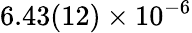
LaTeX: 6.43(12)\times 10^{-6}